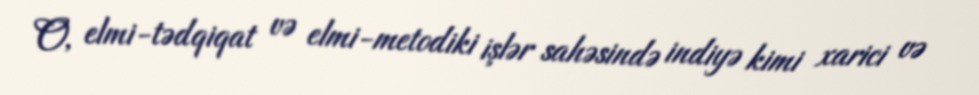
O, elmi-tədqiqat və elmi-metodiki işlər sahəsində indiyə kimi xarici və